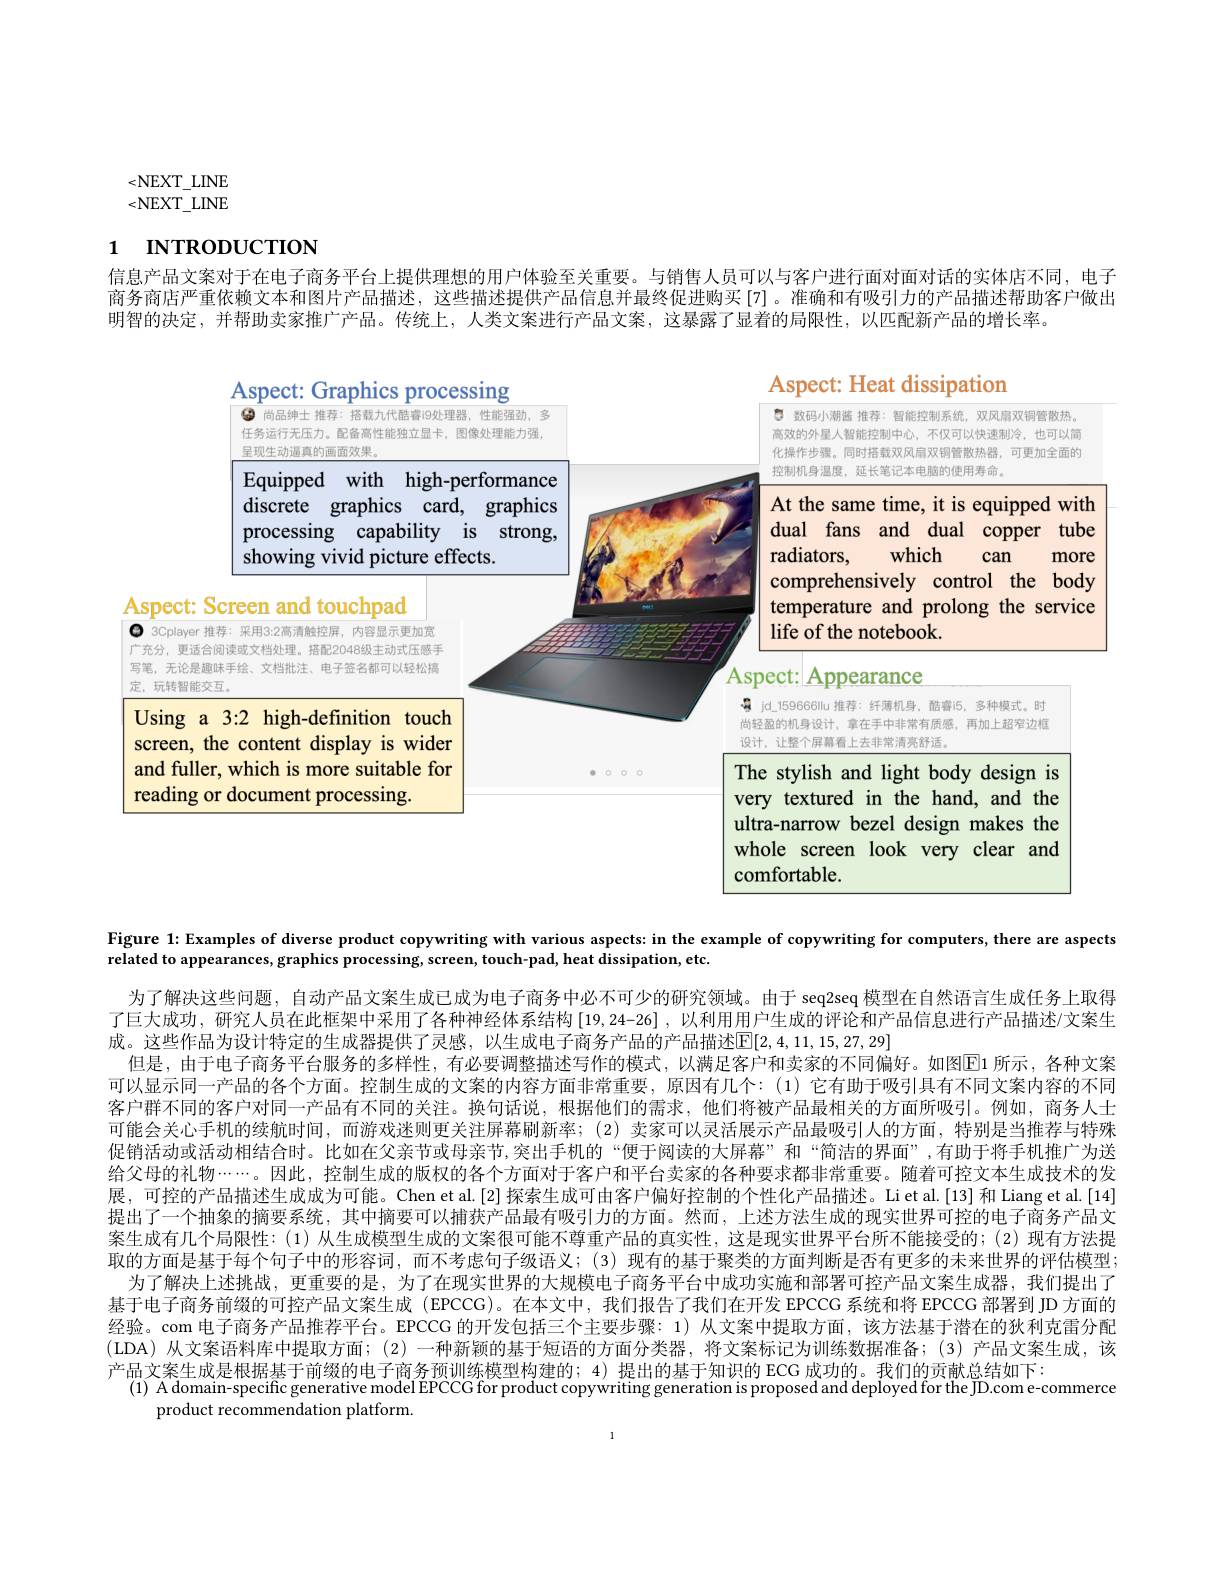
<NEXT$\_$LNE <NEXT$\_$LNE

# 1 INTRODUCTION

信息产品文案对于在电子商务平台上提供理想的用户体验至关重要。与销售人员可以与客户进行面对面对话的实体店不同，电子商务商店严重依赖文本和图片产品描述，这些描述提供产品信息并最终促进购买[7]。准确和有吸引力的产品描述帮助客户做出明智的决定，并帮助卖家推广产品。传统上，人类文案进行产品文案，这暴露了显着的局限性，以匹配新产品的增长率。

<FigureHere>

广充分， 写第and

Figure 1: Examples of diverse product copywriting with various aspects: in the example of copywriting for computers, there are aspects

related to appearances, graphics processing, screen, touch-pad, heat dissipation, etc.

为了解决这些问题，自动产品文案生成已成为电子商务中必不可少的研究领域。由于 seq2seq 模型在自然语言生成任务上取得了巨大成功，研究人员在此框架中采用了各种神经体系结构[19,24-26] ,以利用用户生成的评论和产品信息进行产品描述/文案生成。这些作品为设计特定的生成器提供了灵感，以生成电子商务产品的产品描述$\mathbb{E}[2,4,11,15,27,29]$
但是，由于电子商务平台服务的多样性，有必要调整描述写作的模式，以满足客户和卖家的不同偏好。如图$\overline{\mathrm{E}}$1 所示，各种文案可以显示同一产品的各个方面。控制生成的文案的内容方面非常重要，原因有几个：(1)它有助于吸引具有不同文案内容的不同客户群不同的客户对同一产品有不同的关注。换句话说，根据他们的需求，他们将被产品最相关的方面所吸引。例如，商务人士可能会关心手机的续航时间，而游戏迷则更关注屏幕刷新率；(2)卖家可以灵活展示产品最吸引人的方面，特别是当推荐与特殊促销活动或活动相结合时。比如在父亲节或母亲节，突出手机的“便于阅读的大屏幕”和“简洁的界面”,有助于将手机推广为送给父母的礼物......。因此，控制生成的版权的各个方面对于客户和平台卖家的各种要求都非常重要。随着可控文本生成技术的发展，可控的产品描述生成成为可能。Chen et al.[2] 探索生成可由客户偏好控制的个性化产品描述。Liet al.[13]和 Liang et al.[14] 提出了一个抽象的摘要系统，其中摘要可以捕获产品最有吸引力的方面。然而，上述方法生成的现实世界可控的电子商务产品文案生成有几个局限性：(1)从生成模型生成的文案很可能不尊重产品的真实性，这是现实世界平台所不能接受的；(2)现有方法提取的方面是基于每个句子中的形容词，而不考虑句子级语义；(3)现有的基于聚类的方面判断是否有更多的未来世界的评估模型；
为了解决上述挑战，更重要的是，为了在现实世界的大规模电子商务平台中成功实施和部署可控产品文案生成器，我们提出了基于电子商务前缀的可控产品文案生成 (EPCCG)。在本文中，我们报告了我们在开发EPCCG 系统和将 EPCCG 部署到 JD 方面的经验。com 电子商务产品推荐平台。EPCCG 的开发包括三个主要步骤：1) 从文案中提取方面，该方法基于潜在的狄利克雷分配(LDA)从文案语料库中提取方面；(2)一种新颖的基于短语的方面分类器，将文案标记为训练数据准备；(3)产品文案生成，该产品文案生成是根据基于前缀的电子商务预训练模型构建的；4) 提出的基于知识的 ECG 成功的。我们的贡献总结如下：
(1) A domain-specific generative model EPCCG for product copywriting generation is proposed and deployed for the JD.com e-commerce
product recommendation platform.

1